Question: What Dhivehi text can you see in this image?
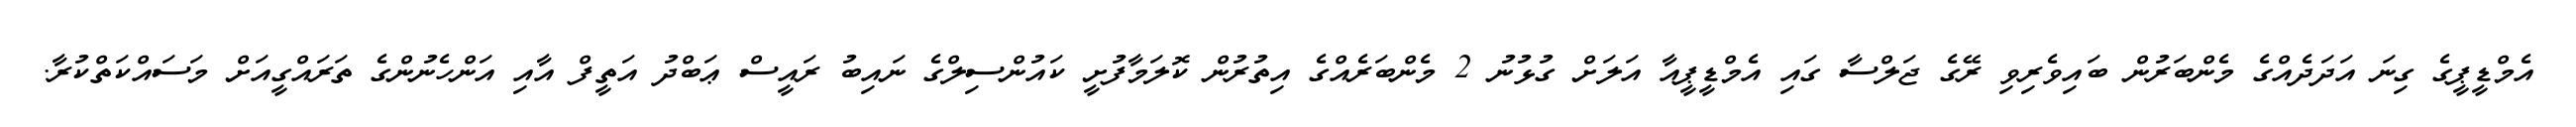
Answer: އެމްޑީޕީގެ ގިނަ އަދަދެއްގެ މެންބަރުން ބައިވެރިވި ރޭގެ ޖަލްސާ ގައި އެމްޑީޕީއާ އަލަށް ގުޅުނު 2 މެންބަރެއްގެ އިތުރުން ކޮލަމާފުށީ ކައުންސިލްގެ ނައިބު ރައީސް ޢަބްދު އަތީފް އާއި އަންހެނުންގެ ތަރައްގީއަށް މަސައްކަތްކުރާ.